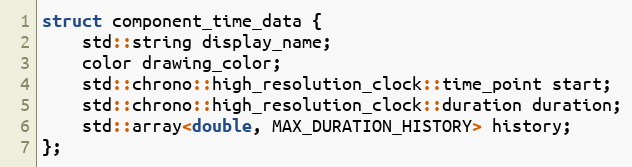
Language: C
struct component_time_data {
	std::string display_name;
	color drawing_color;
	std::chrono::high_resolution_clock::time_point start;
	std::chrono::high_resolution_clock::duration duration;
	std::array<double, MAX_DURATION_HISTORY> history;
};